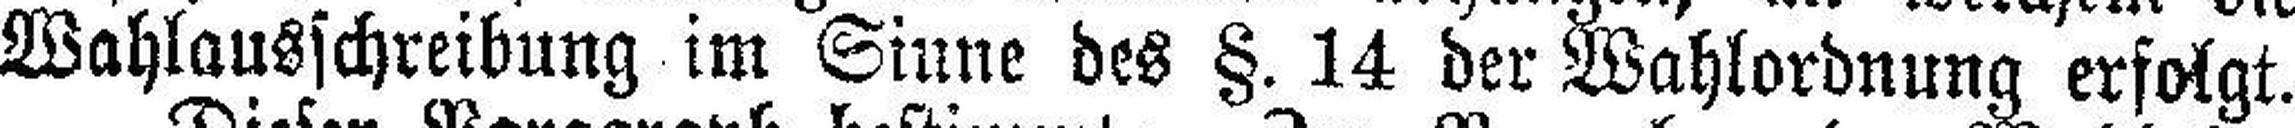
Wahlausschreibung im Sinne des §. 14 der Wahlordnung erfolgt.